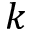
k